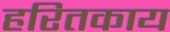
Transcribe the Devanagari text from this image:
हरितकाय